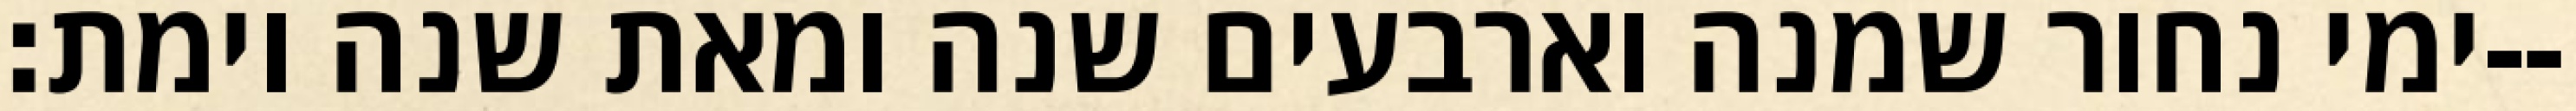
ימי נחור שמנה וארבעים שנה ומאת שנה וימת׃--